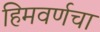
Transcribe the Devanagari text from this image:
हिमवर्णचा